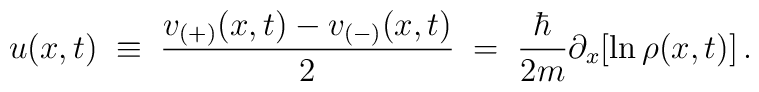
u(x,t) \; \equiv \; \frac{v_{(+)}(x,t) - v_{(-)}(x,t)}{2} \; = \;\frac{\hbar}{2m}\partial_{x}[\ln\rho(x,t)] \, .